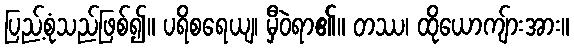
ပြည့်စုံသည်ဖြစ်၍။ ပရိစရေယျ၊ မှီဝဲရာ၏။ တဿ၊ ထိုယောကျ်ားအား။